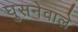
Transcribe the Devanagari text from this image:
घुसनेवाले